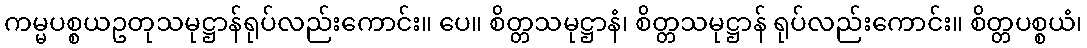
ကမ္မပစ္စယဥတုသမုဋ္ဌာန်ရုပ်လည်းကောင်း။ ပေ။ စိတ္တသမုဋ္ဌာနံ၊ စိတ္တသမုဋ္ဌာန် ရုပ်လည်းကောင်း။ စိတ္တပစ္စယံ၊